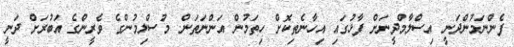
ފެންނަމުންދަނީ އިސްލާމްދީނަށް ފާޅުގައި އިހާނެތިކޮށް ހިތަމުން އަންނަތަން. މުސްލިމުންގެ ވެރީންގެ އަބުރަށް ދަނީ